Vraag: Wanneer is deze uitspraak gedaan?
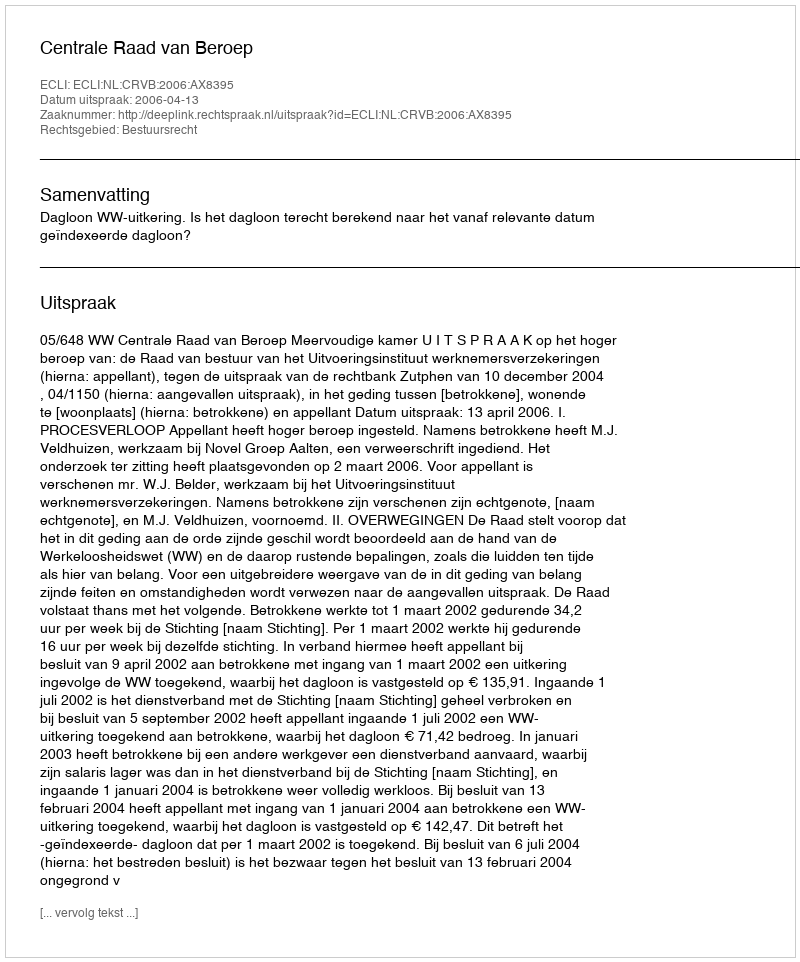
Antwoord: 2006-04-13